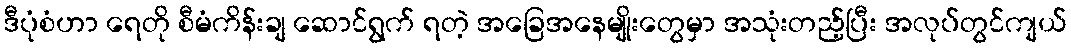
ဒီပုံစံဟာ ရေတို စီမံကိန်းချ ဆောင်ရွက် ရတဲ့ အခြေအနေမျိုးတွေမှာ အသုံးတည့်ပြီး အလုပ်တွင်ကျယ်